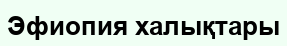
Эфиопия халықтары